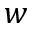
w